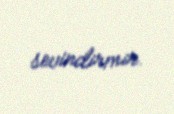
sevindirmir.